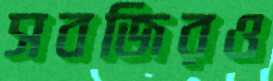
সবজিরও